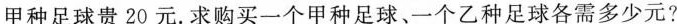
甲种足球贵20元。求购买一个甲种足球、一个乙种足球各需多少元?